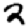
Digit: 2